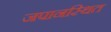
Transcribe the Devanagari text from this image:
जपानस्थित